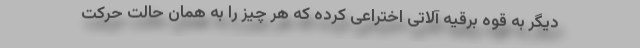
دیگر به قوه برقیه آلاتی اختراعی کرده که هر چیز را به همان حالت حرکت